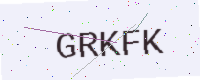
Text: GRKFK